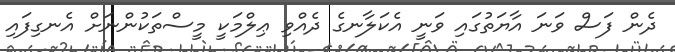
ދެން ފަސް ވަނަ އާޔަތުގައި ވަނީ އެކަލާނގެ ދެއްވި ޢިލްމަކީ މީސްތަކުންނަށް އެނގިފައި